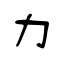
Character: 力